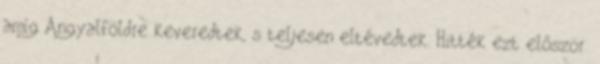
amíg Angyalföldre keveredtek, s teljesen eltévedtek. Hitték ezt először.